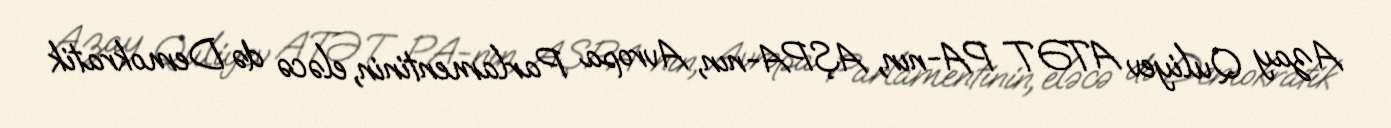
Azay Quliyev ATƏT PA-nın, AŞPA-nın, Avropa Parlamentinin, eləcə də Demokratik